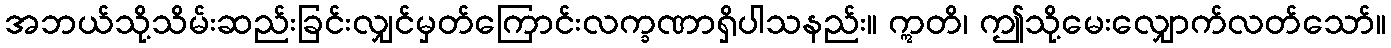
အဘယ်သို့သိမ်းဆည်းခြင်းလျှင်မှတ်ကြောင်းလက္ခဏာရှိပါသနည်း။ ဣတိ၊ ဤသို့မေးလျှောက်လတ်သော်။